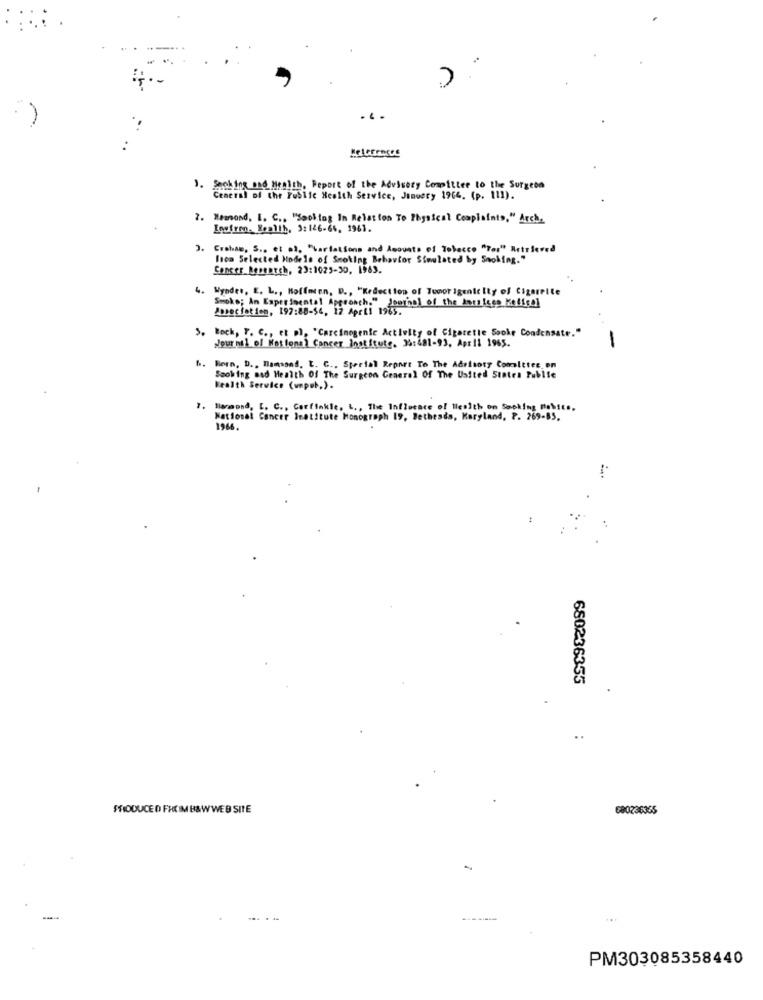
. ..
". Shoking and Health, Peport of the Advisory Committee to the Surgeon
Ceneral of the Public Health Service, January 1964. (p. 111).
2.
Wemond, I. C ., "Sooktog In Relation To Physical Complaints," Arch.
Inefron. Health, 3:126-64, 1961.
3. Graham, S ., et al. "hartations and Amounts of Tobacco "Tor" Retrieved
Isca Selected Models of Smoking Behavior Simulated by Smoking."
Concer Research, 23:1025-30, 1983.
4.
Wynder, E. L ., Hoffnten, D ., "Kedection of Tumor Igenit Ity of Cigareite
Smoke; An Experimental Approach." Journal of the Localcro Kefical
Apreciation, 197:08-54, 12 April 1963.
5. Bock, P. C ., et al, "Carcinogenic Activity of Cigarette Sooke Condensate."
Journal of National Cancer Institute. 35:481-93. April 1965.
-
Bern, D ., Hamsand. L. C ., Special Report To The Adritoty Comsitter on
Smoking Bad Health Of The Surgeon General Of The United States Pubise
Health Service (unp.k.).
Hanmond. [. C ., Carfinkle. L ., The Influence of Health on Sacking nobits,
National Cancer Institute Monograph 19, Bethesda, Karyland, P. 269-85,
196.
680236355
..
FRIODUCED FREIM B&W WEB SITE
680236365
PM303085358440